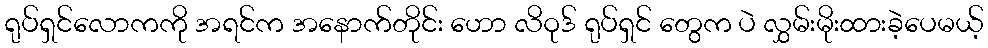
ရုပ်ရှင်လောကကို အရင်က အနောက်တိုင်း ဟော လိဝုဒ် ရုပ်ရှင် တွေက ပဲ လွှမ်းမိုးထားခဲ့ပေမယ့်